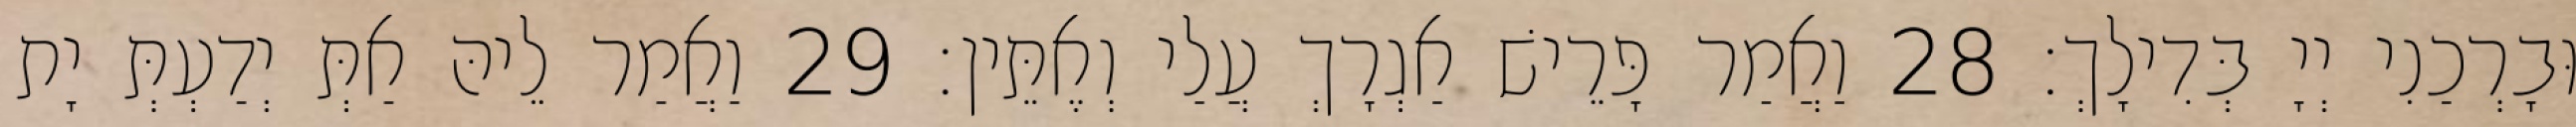
וּבָרְכַנִי יְיָ בְּדִילָךְ׃ 28 וַאֲמַר פָּרֵישׁ אַגְרָךְ עֲלַי וְאֶתֵּין׃ 29 וַאֲמַר לֵיהּ אַתְּ יְדַעְתְּ יָת